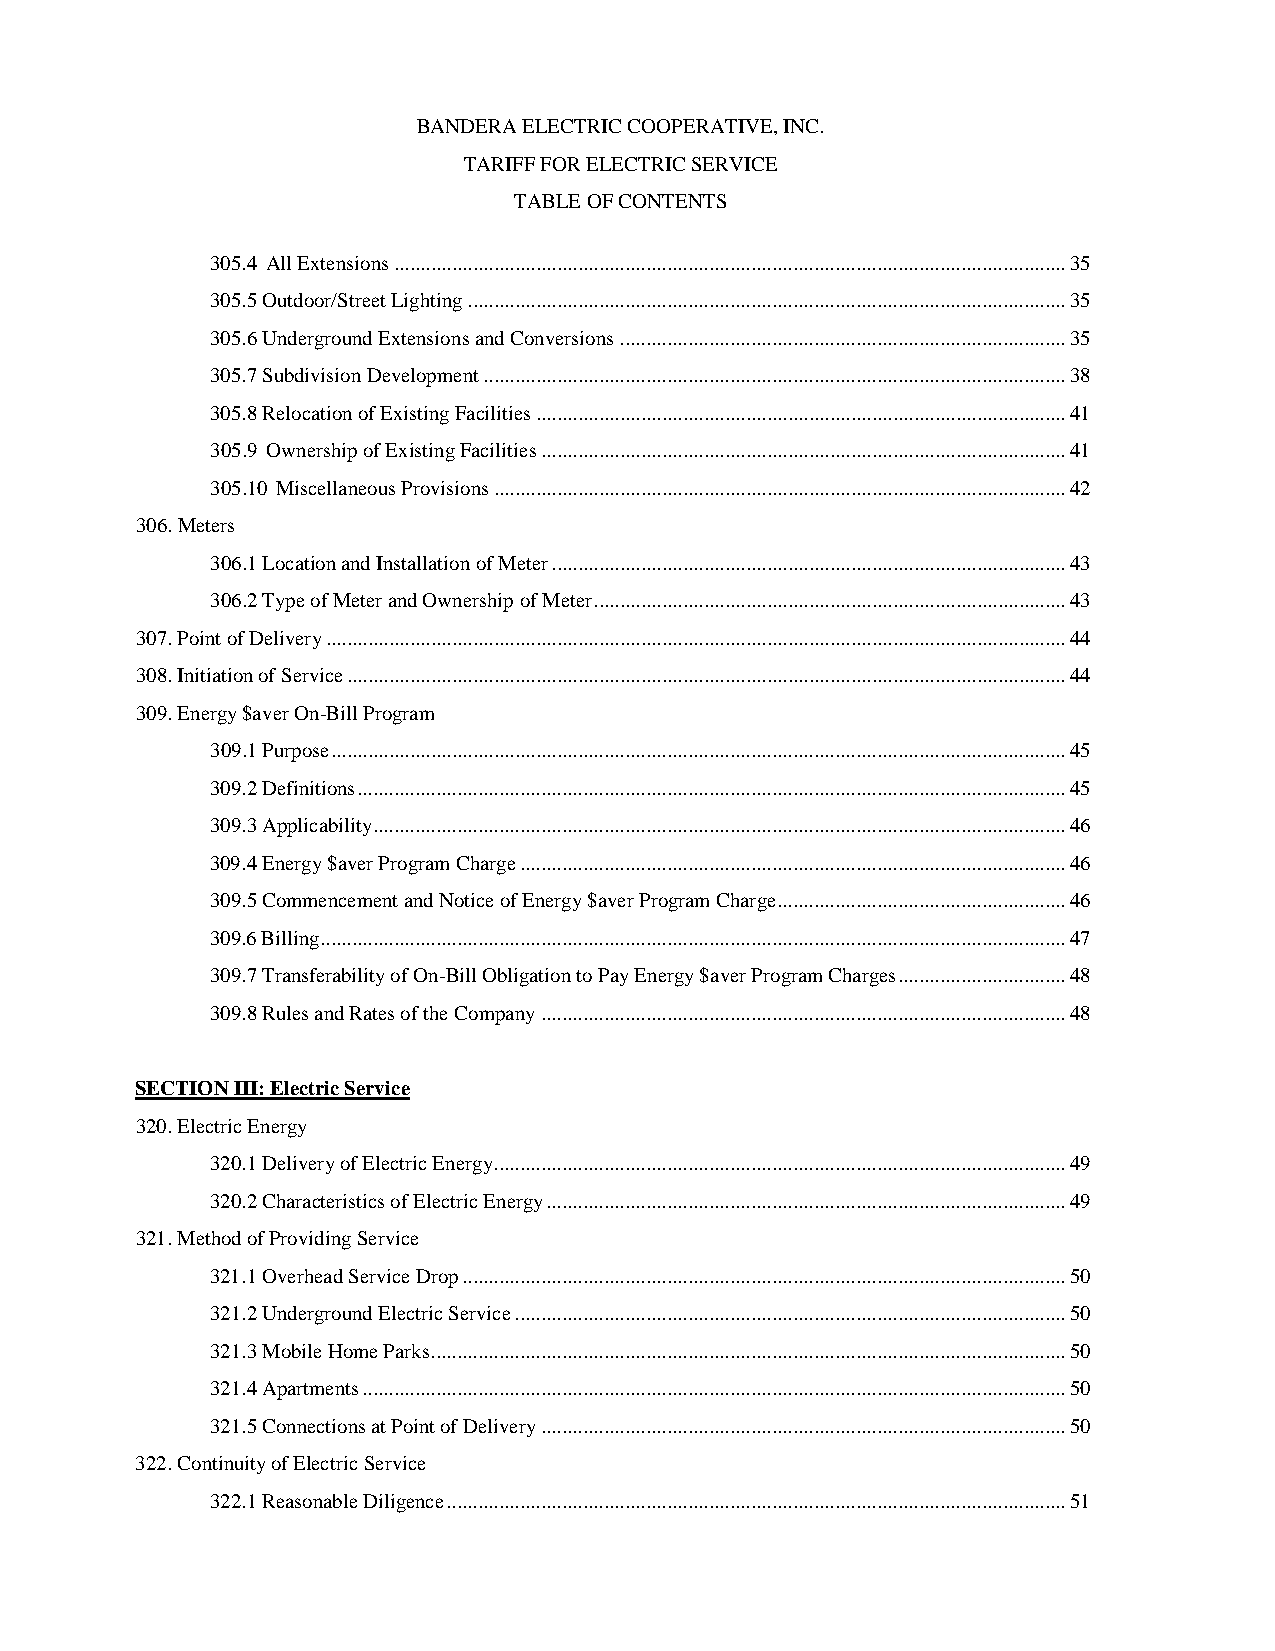
BANDERA ELECTRIC COOPERATIVE, INC.
 TARIFF FOR ELECTRIC SERVICE
 TABLE OF CONTENTS
 305.4 All Extensions ................................................................................................................................ 35
 305.5 Outdoor/Street Lighting .................................................................................................................. 35
 305.6 Underground Extensions and Conversions ..................................................................................... 35
 305.7 Subdivision Development ............................................................................................................... 38
 305.8 Relocation of Existing Facilities ..................................................................................................... 41
 305.9 Ownership of Existing Facilities .................................................................................................... 41
 305.10 Miscellaneous Provisions ............................................................................................................. 42
 306. Meters
 306.1 Location and Installation of Meter .................................................................................................. 43
 306.2 Type of Meter and Ownership of Meter .......................................................................................... 43
 307. Point of Delivery ............................................................................................................................................. 44
 308. Initiation of Service ......................................................................................................................................... 44
 309. Energy $aver On-Bill Program
 309.1 Purpose ............................................................................................................................................ 45
 309.2 Definitions ....................................................................................................................................... 45
 309.3 Applicability .................................................................................................................................... 46
 309.4 Energy $aver Program Charge ........................................................................................................ 46
 309.5 Commencement and Notice of Energy $aver Program Charge ....................................................... 46
 309.6 Billing .............................................................................................................................................. 47
 309.7 Transferability of On-Bill Obligation to Pay Energy $aver Program Charges ................................ 48
 309.8 Rules and Rates of the Company .................................................................................................... 48
 SECTION III: Electric Service
 320. Electric Energy
 320.1 Delivery of Electric Energy ............................................................................................................. 49
 320.2 Characteristics of Electric Energy ................................................................................................... 49
 321. Method of Providing Service
 321.1 Overhead Service Drop ................................................................................................................... 50
 321.2 Underground Electric Service ......................................................................................................... 50
 321.3 Mobile Home Parks ......................................................................................................................... 50
 321.4 Apartments ...................................................................................................................................... 50
 321.5 Connections at Point of Delivery .................................................................................................... 50
 322. Continuity of Electric Service
 322.1 Reasonable Diligence ...................................................................................................................... 51